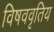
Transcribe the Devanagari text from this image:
विषववृतिय